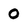
Character: 0